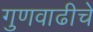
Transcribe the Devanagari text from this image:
गुणवाढीचे